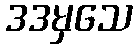
ဒဒမှသေ